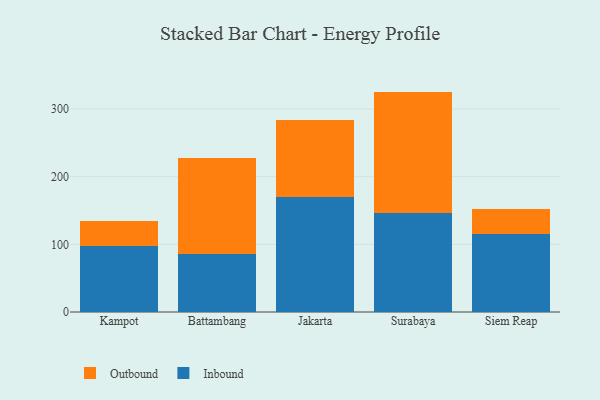
{"axis": {"x": "City", "y": "Energy Usage (MWh)"}, "legend": ["Inbound", "Outbound"], "data": [{"x": "Kampot", "y": 97.3, "type": "Inbound"}, {"x": "Kampot", "y": 36.8, "type": "Outbound"}, {"x": "Battambang", "y": 85.5, "type": "Inbound"}, {"x": "Battambang", "y": 142.2, "type": "Outbound"}, {"x": "Jakarta", "y": 169.4, "type": "Inbound"}, {"x": "Jakarta", "y": 114.7, "type": "Outbound"}, {"x": "Surabaya", "y": 146.7, "type": "Inbound"}, {"x": "Surabaya", "y": 179.1, "type": "Outbound"}, {"x": "Siem Reap", "y": 114.6, "type": "Inbound"}, {"x": "Siem Reap", "y": 37.7, "type": "Outbound"}]}